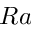
R a